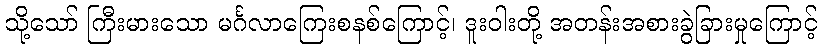
သို့သော် ကြီးမားသော မင်္ဂလာကြေးစနစ်ကြောင့်၊ ဒူးဝါးတို့ အတန်းအစားခွဲခြားမှုကြောင့်